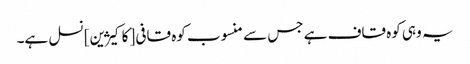
یہ وہی کوہ قاف ہے جس سے منسوب کوہ قافی [کاکیژین] نسل ہے۔